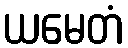
ယမေတံ